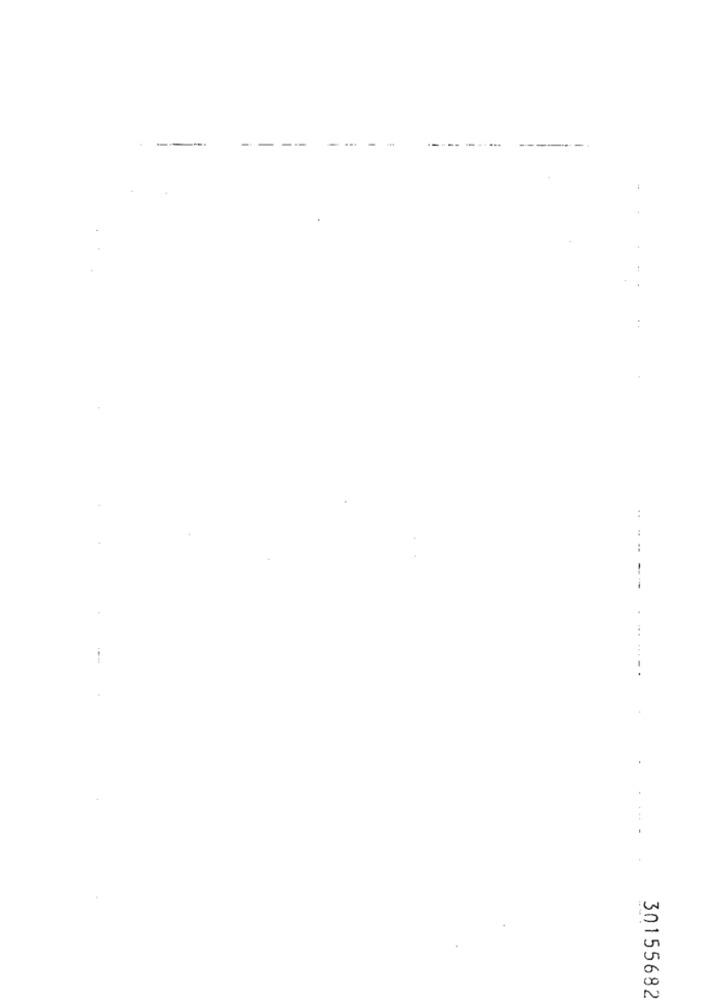
..
:
--
.....-.
30155682